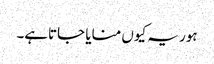
ہور یہ کیوں منایا جاتاہے۔